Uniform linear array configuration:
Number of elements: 24
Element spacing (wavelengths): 0.5
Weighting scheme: hann
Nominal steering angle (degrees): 45
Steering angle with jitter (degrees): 43.564
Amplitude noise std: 0.05
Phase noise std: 0.05

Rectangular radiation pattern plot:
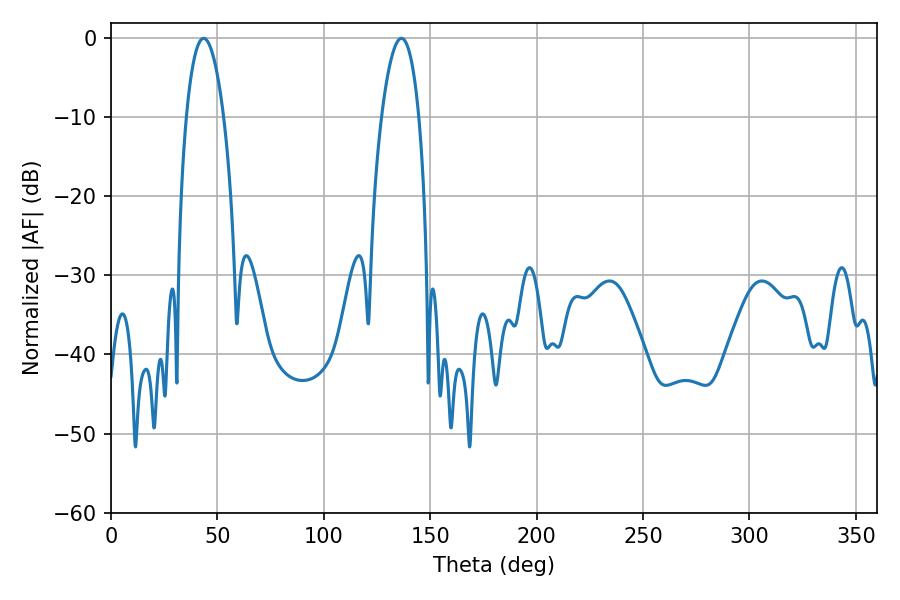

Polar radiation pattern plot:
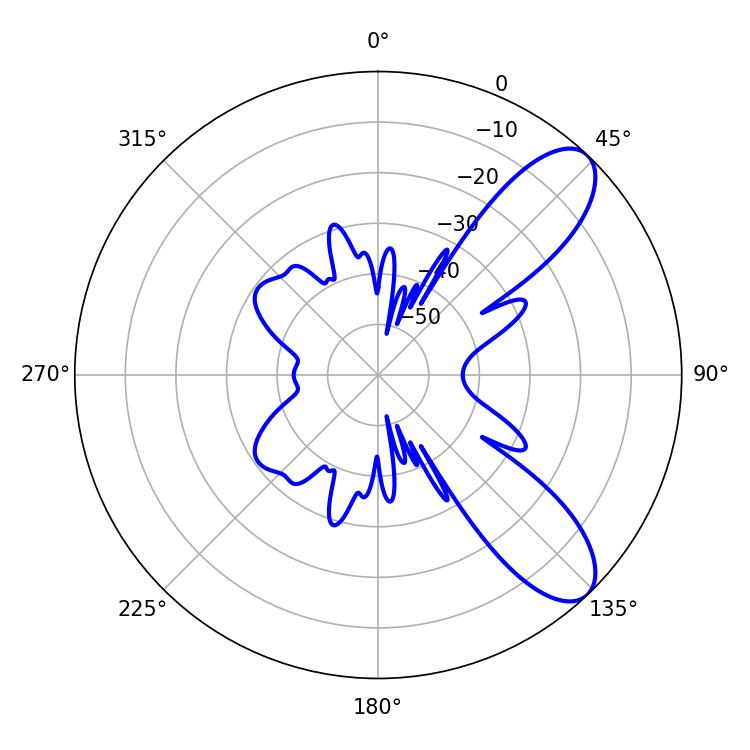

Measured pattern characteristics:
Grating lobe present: FALSE
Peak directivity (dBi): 9.009
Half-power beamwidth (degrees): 9.72
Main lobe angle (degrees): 43.56